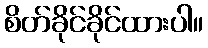
စိတ်ခိုင်ခိုင်ထားပါ။